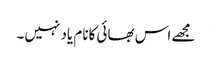
مجھے اس بھائی کانام یاد نہیں۔